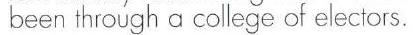
been through a college of electors.